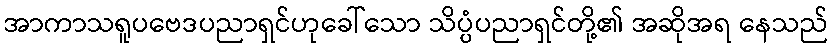
အာကာသရူပဗေဒပညာရှင်ဟုခေါ်သော သိပ္ပံပညာရှင်တို့၏ အဆိုအရ နေသည်